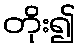
တိုး၍